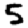
Digit: 5